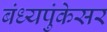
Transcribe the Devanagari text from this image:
बंध्यपुंकेसर